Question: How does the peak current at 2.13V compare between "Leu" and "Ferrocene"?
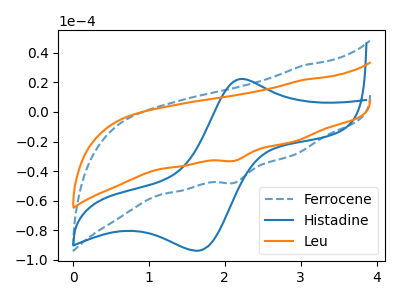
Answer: <think>The blue dashed curve "Ferrocene" has a cathodic peak at: (2.15V, -47.85uA). The blue curve "Histadine" has an anodic peak at (2.20V, 22.35uA) and a cathodic peak at (1.65V, -93.75uA). The orange curve "Leu" has a cathodic peak at: (2.15V, -33.00uA).</think>
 <answer>The peak at 2.13V is lower in "Leu" than in "Ferrocene".</answer>
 <eval>lower</eval>